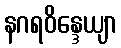
နဂရဝိန္ဒေယျာ